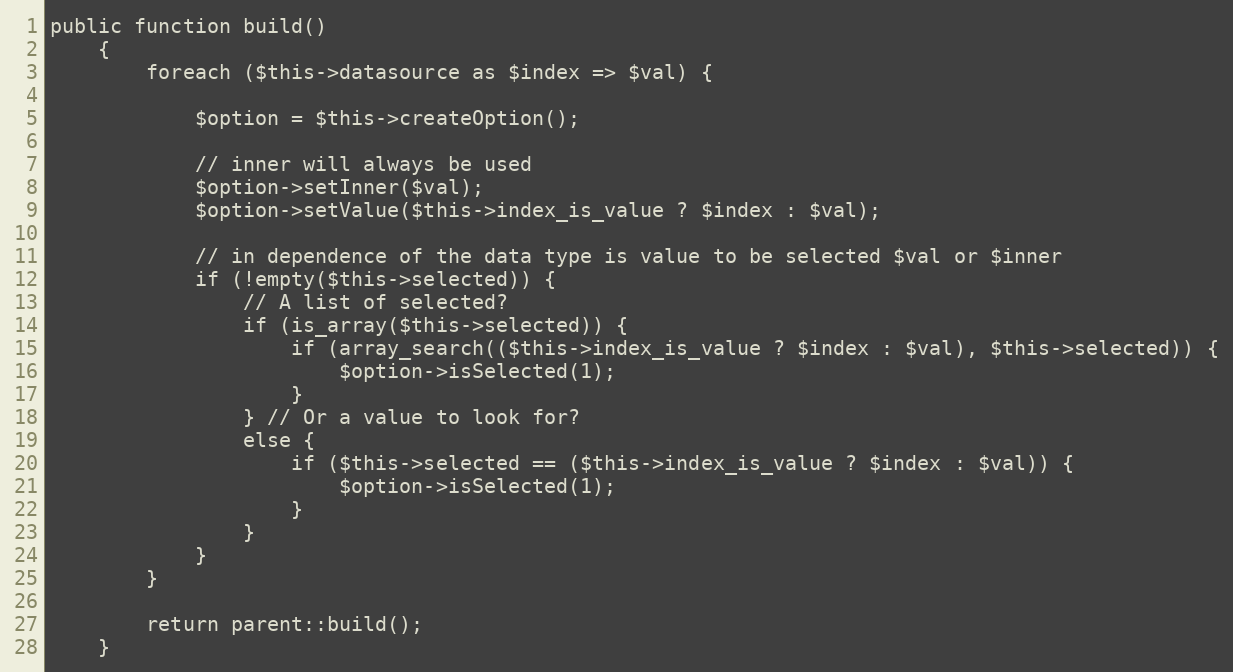
Language: PHP
public function build()
    {
        foreach ($this->datasource as $index => $val) {

            $option = $this->createOption();

            // inner will always be used
            $option->setInner($val);
            $option->setValue($this->index_is_value ? $index : $val);

            // in dependence of the data type is value to be selected $val or $inner
            if (!empty($this->selected)) {
                // A list of selected?
                if (is_array($this->selected)) {
                    if (array_search(($this->index_is_value ? $index : $val), $this->selected)) {
                        $option->isSelected(1);
                    }
                } // Or a value to look for?
                else {
                    if ($this->selected == ($this->index_is_value ? $index : $val)) {
                        $option->isSelected(1);
                    }
                }
            }
        }

        return parent::build();
    }